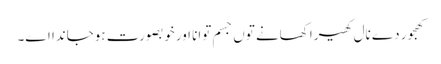
کھجور دے نال کھیرا کھانے تو‏ں جسم توانا اورخوبصورت ہوجاندا ا‏‏ے۔